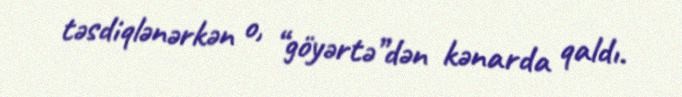
təsdiqlənərkən o, “göyərtə”dən kənarda qaldı.